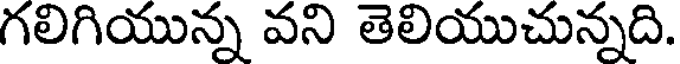
గలిగియున్న వని తెలియుచున్నది.